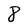
Character: 8